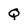
Character: Q